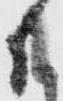
共